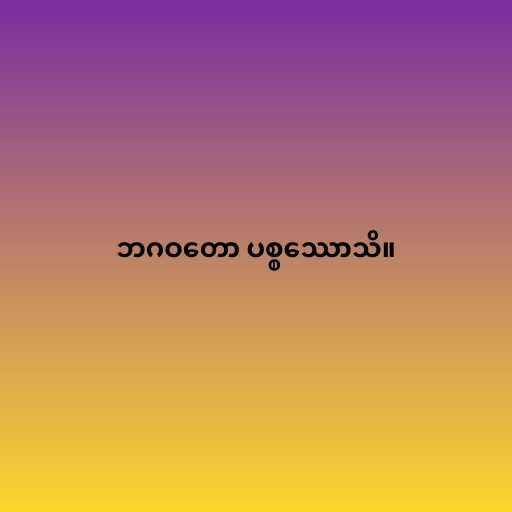
ဘဂဝတော ပစ္စဿောသိ။